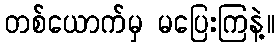
တစ်ယောက်မှ မပြေးကြနဲ့။